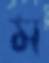
ম